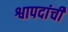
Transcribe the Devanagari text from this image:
श्वापदांची